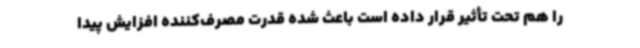
را هم تحت تأثیر قرار داده است باعث شده قدرت مصرف‌کننده افزایش پیدا